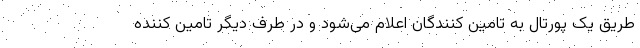
طریق یک پورتال به تامین کنندگان اعلام می‌شود و در طرف دیگر تامین کننده